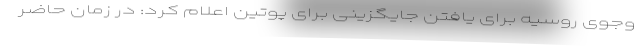
وجوی روسیه برای یافتن جایگزینی برای پوتین اعلام کرد: در زمان حاضر